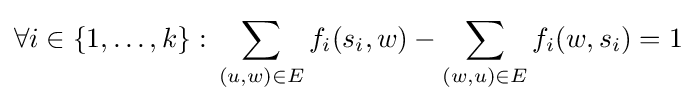
\forall i\in \{1,\ldots ,k\}:\,\sum _{(u,w)\in E}f_{i}(s_{i},w)-\sum _{(w,u)\in E}f_{i}(w,s_{i})=1